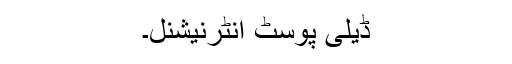
ڈیلی پوسٹ انٹرنیشنل۔